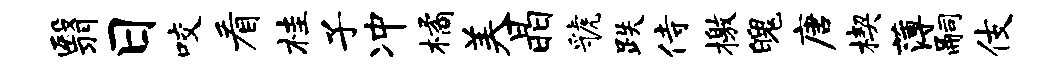
翳日咬看桂子冲橘美晶虢跌侍檄魄唐楔薄嗣伎